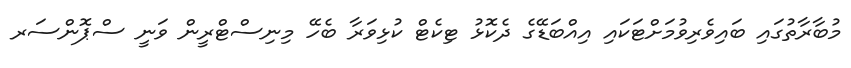
މުބާރާތުގައި ބައިވެރިވުމަށްޓަކައި އިއްބަޑޭގެ ދެކޮޅު ޓިކެޓް ކުޅިވަރާ ބެހޭ މިނިސްޓްރީން ވަނީ ސްޕޮންސަރ